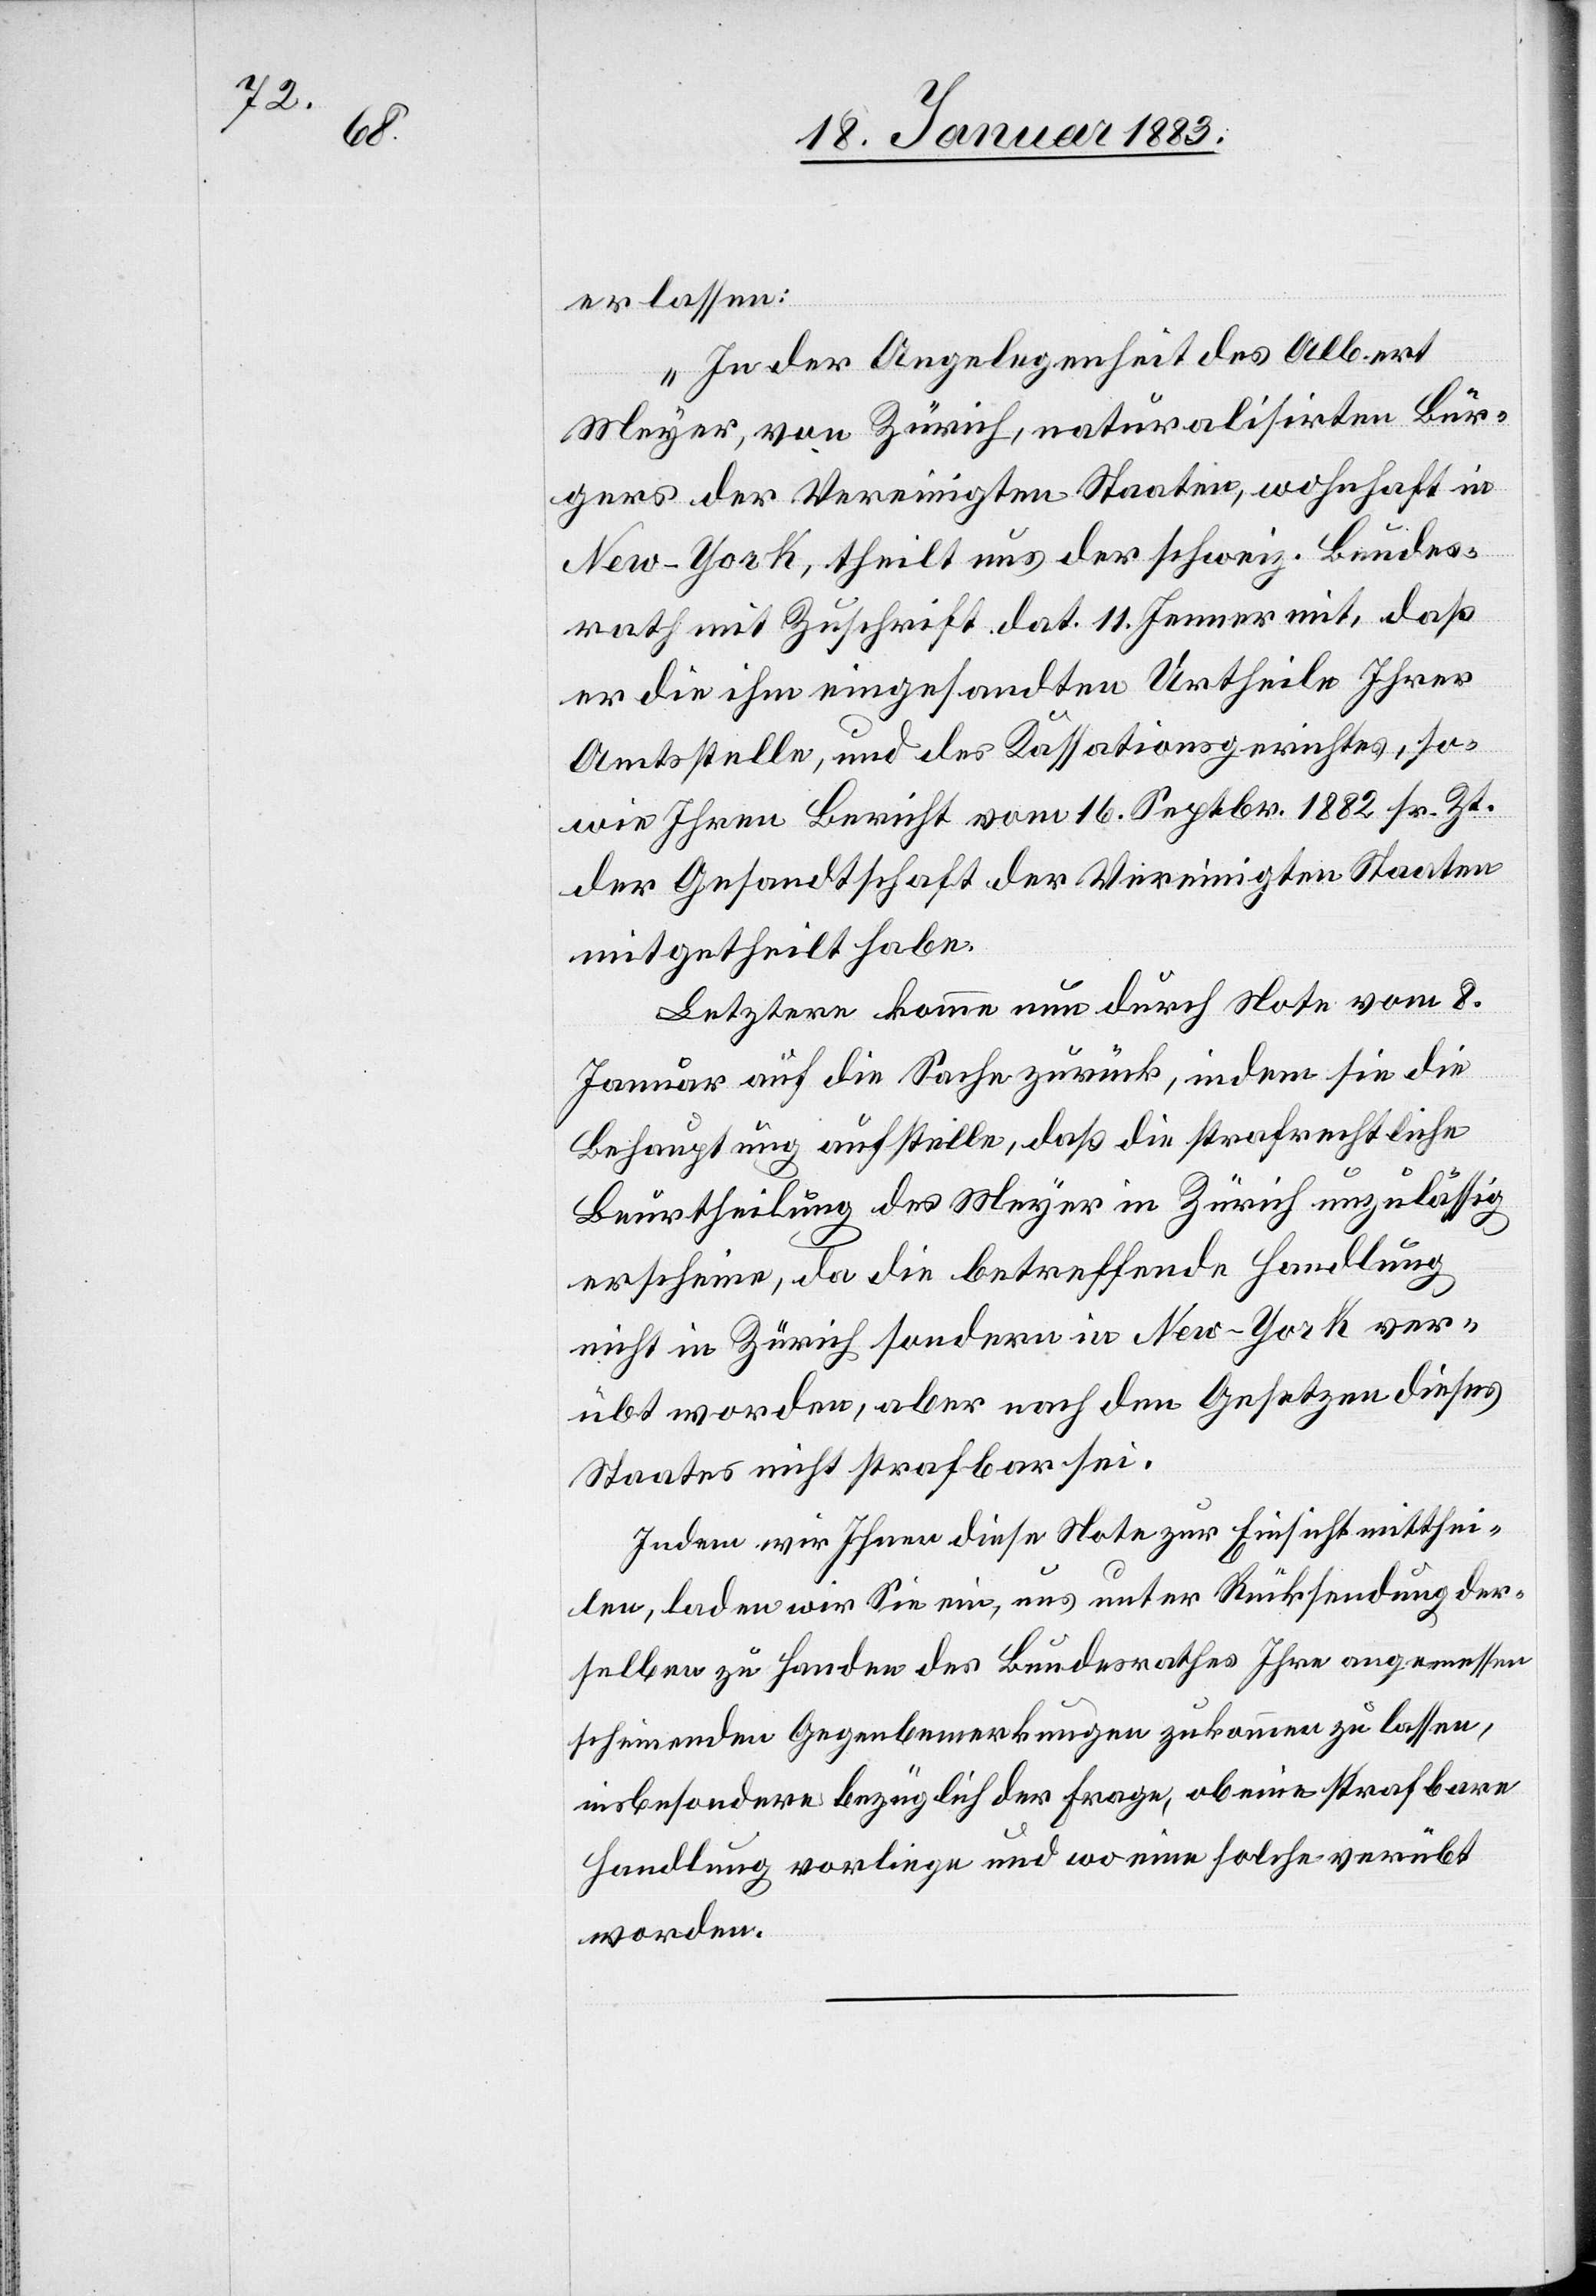
erlassen:
„In der Angelegenheit des Albert
Meyer, von Zürich, naturalisirten Bür¬
gers der Vereingten Staaten, wohnhaft in
New-York, theilt uns der schweiz. Bundes¬
rath mit Zuschrift dat. 11. Jenner mit, daß
er die ihm eingesandten Urtheile Ihrer
Amtsstelle, und des Kassationsgerichtes, so¬
wie Ihren Bericht vom 16. Septbr. 1882 sr. Zt.
der Gesandtschaft der Vereinigten Staaten
mitgetheilt habe.
Letztere komme nun durch Note vom 8.
Januar auf die Sache zurück, indem sie die
Behauptung aufstelle, daß die strafrechtliche
Beurtheilung des Meyer in Zürich unzulässig
erscheine, da die betreffende Handlung
nicht in Zürich sondern in New-York ver¬
übt worden, aber nach den Gesetzen dieses
Staates nicht strafbar sei.
Indem wir Ihnen diese Note zur Einsicht mitthei¬
len, laden wir Sie ein, uns unter Rücksendung der¬
selben zu Handen des Bundesrathes Ihre angemessen
scheinenden Gegenbemerkungen zukommen zu lassen,
insbesondere bezüglich der Frage, ob eine strafbare
Handlung vorliege und wo eine solche verübt
worden.